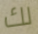
لك